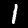
Label: 1